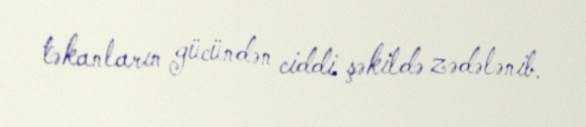
təkanların gücündən ciddi şəkildə zədələnib.